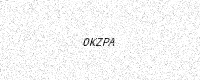
Text: 0KZPA